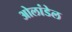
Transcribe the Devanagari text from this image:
ओलांडेल